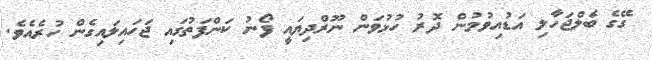
ގޭގެ ބެލްޖަހާލި އަޑުއިވުމުން ދޮރު ހުޅުވަން ނޫރްދިޔައީ ފޯނު ކަންފަތުގައި ޖަހައިލައިގެން ހުރެއެވެ.